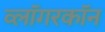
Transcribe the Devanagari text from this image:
व्लॉगरकॉन